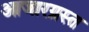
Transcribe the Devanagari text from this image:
आजारग्रस्त